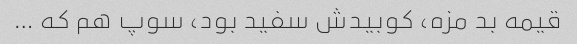
قیمه بد مزه، کوبیدش سفید بود، سوپ هم که …